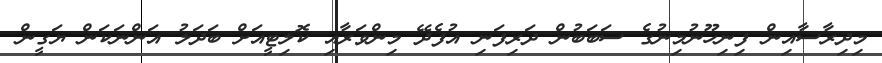
މިދިރާސާއިން ފިނިހޫނުމިނުގެ ސަބަބުން ދަރިފަނި އުފެދޭ މިންވަރާއި ކޮލިޓީއަށް ބަދަލު އަންނަކަން ޔަގީން